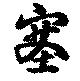
塞